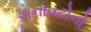
બનાવટોનો